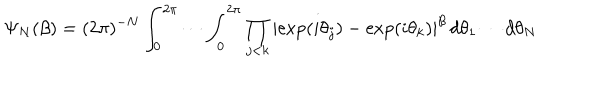
LaTeX: \Psi _ { N } ( \beta ) = ( 2 \pi ) ^ { - N } \int _ { 0 } ^ { 2 \pi } \cdots \int _ { 0 } ^ { 2 \pi } \prod _ { j < k } \left\vert \exp ( i \theta _ { j } ) - \exp ( i \theta _ { k } ) \right\vert ^ { \beta } \, d \theta _ { 1 } \cdots d \theta _ { N }